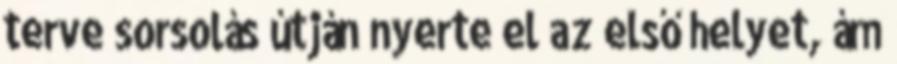
terve sorsolás útján nyerte el az első helyet, ám